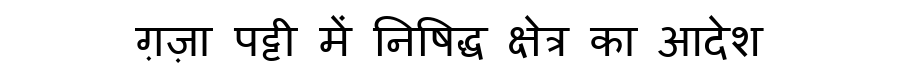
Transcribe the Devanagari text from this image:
ग़ज़ा पट्टी में निषिद्ध क्षेत्र का आदेश